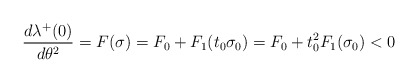
\begin{align*}\frac{d\lambda\sp+(0)}{d\theta\sp2}=F(\sigma)=F_0+F_1(t_0\sigma_0)=F_0+t_0\sp2F_1(\sigma_0)<0\end{align*}